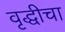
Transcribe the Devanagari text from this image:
वृद्धीचा